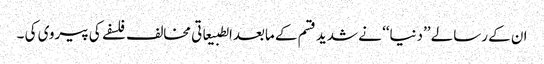
ان کے رسالے ’’دنیا‘‘ نے شدید قسم کے مابعدالطبیعاتی مخالف فلسفے کی پیروی کی ۔